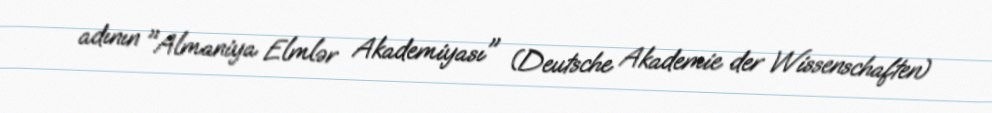
adının "Almaniya Elmlər Akademiyası" (Deutsche Akademie der Wissenschaften)